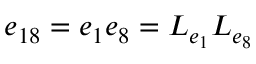
e _ { 1 8 } = e _ { 1 } e _ { 8 } = L _ { e _ { 1 } } L _ { e _ { 8 } }